Indian journal of veterinary science and animal husbandry - Volume 2,
Year: 1932
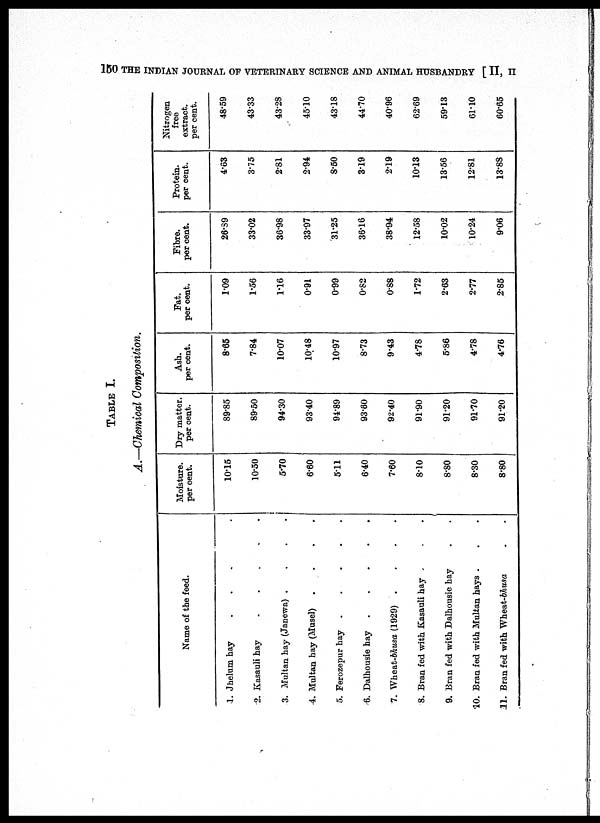
150 THE INDIAN JOURNAL OF VETERINARY SCIENCE AND ANIMAL HUSBANDRY [ II, II
TABLE I.
A.—Chemical Composition.
1.
2.
3.
4.
5.
6.
7.
8.
9.
10.
11.
Name of the feed.
Jhelum hay
....
Kasauli hay
......
Multan hay (Janewa)
....
Multan hay (Musel)
....
Ferozepur hay
.....
Dalhousie hay
.
.
.
.
.
Wheat-bhusa (1929)
....
Bran fed with Kasauli hay . . .
Bran fed with Dalhousie hay . . .
Bran fed with Multan hays . . .
Bran fed with Wheat-bhusa . .
Moisture.
per cent.
10.15
10.50
5.70
6.60
5.11
6.40
7.60
8.10
8.80
8.30
8.80
Dry matter.
per cent.
89.85
89.50
94.30
93.40
94.89
93.60
92.40
91.90
91.20
91.70
91.20
Ash.
per cent.
8.65
7.84
10.07
10.48
10.97
8.73
9.43
4.78
5.86
4.78
4.76
Fat.
per cent.
1.09
1.56
1.16
0.91
0.99
0.82
0.88
1.72
2.63
2.77
2.85
Fibre.
per cent.
26.39
33.02
36.98
33.97
31.25
36.16
38.94
12.58
10.02
10.24
9.06
Protein.
per cent.
4.63
3.75
2.81
2.94
8.50
3.19
2.19
10.13
13.56
12.81
13.88
Nitrogen
free
extract.
per cent.
48.59
43.33
43.28
45.10
43.18
44.70
40.96
62.69
59.13
61.10
60.65